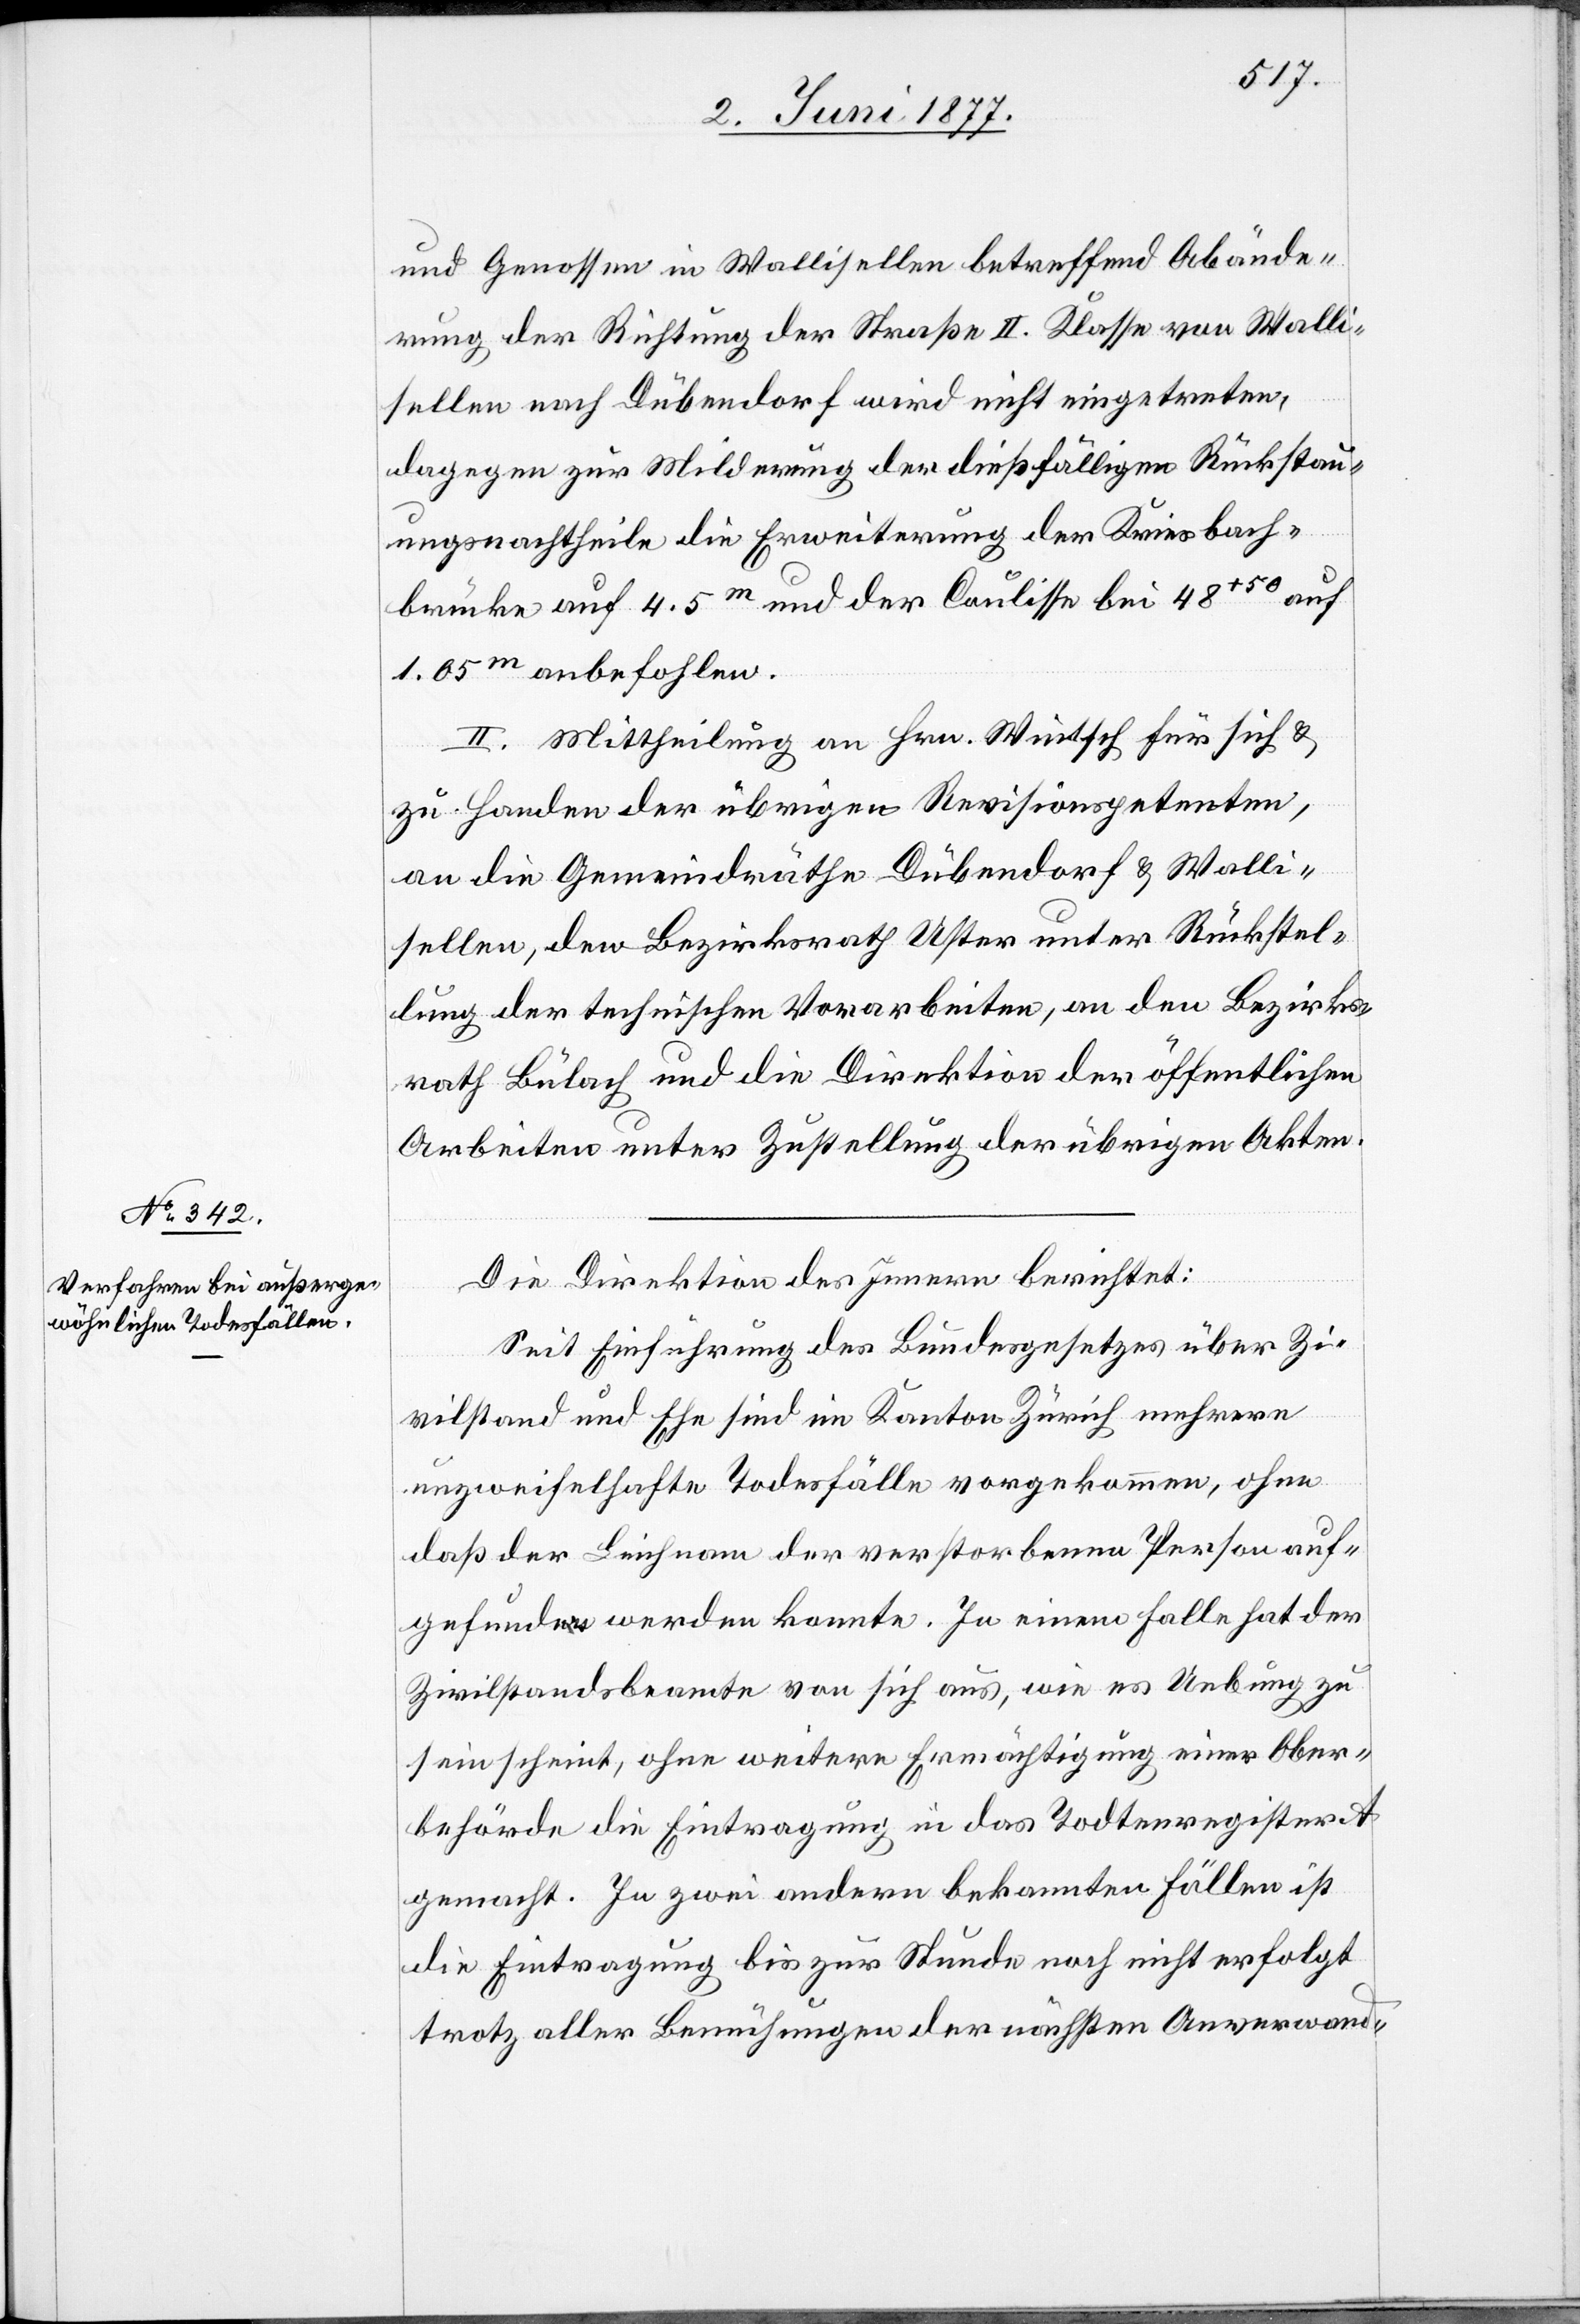
und Genossen in Wallisellen betreffend Abände¬
rung der Richtung der Straße II. Klasse von Walli¬
sellen nach Dübendorf wird nicht eingetreten,
dagegen zur Milderung der dießfälligen Rückstau¬
ungsnachtheile die Erweiterung der Kriesbach¬
brücke auf 4.5m und der Coulisse bei 48+50 auf
1.05m anbefohlen.
II. Mittheilung an Hrn. Wintsch für sich &
zu Handen der übrigen Revisionspetenten,
an die Gemeindräthe Dübendorf & Walli¬
sellen, den Bezirksrath Uster unter Rückstel¬
lung der technischen Vorarbeiten, an den Bezirks¬
rath Bülach und die Direktion der öffentlichen
Arbeiten unter Zustellung der übrigen Akten.
Die Direktion des Innern berichtet:
Seit Einführung des Bundesgesetzes über Zi¬
vilstand und Ehe sind im Kanton Zürich mehrere
unzweifelhafte Todesfälle vorgekommen, ohne
daß der Leichnam der verstorbenen Person auf¬
gefunden werden konnte. In einem Falle hat der
Zivilstandsbeamte von sich aus, wie es Uebung zu
sein scheint, ohne weitere Ermächtigung einer Ober¬
behörde die Eintragung in das Todtenregister A
gemacht. In zwei andern bekannten Fällen ist
die Eintragung bis zur Stunde noch nicht erfolgt
trotz aller Bemühungen der nächsten Anverwand-